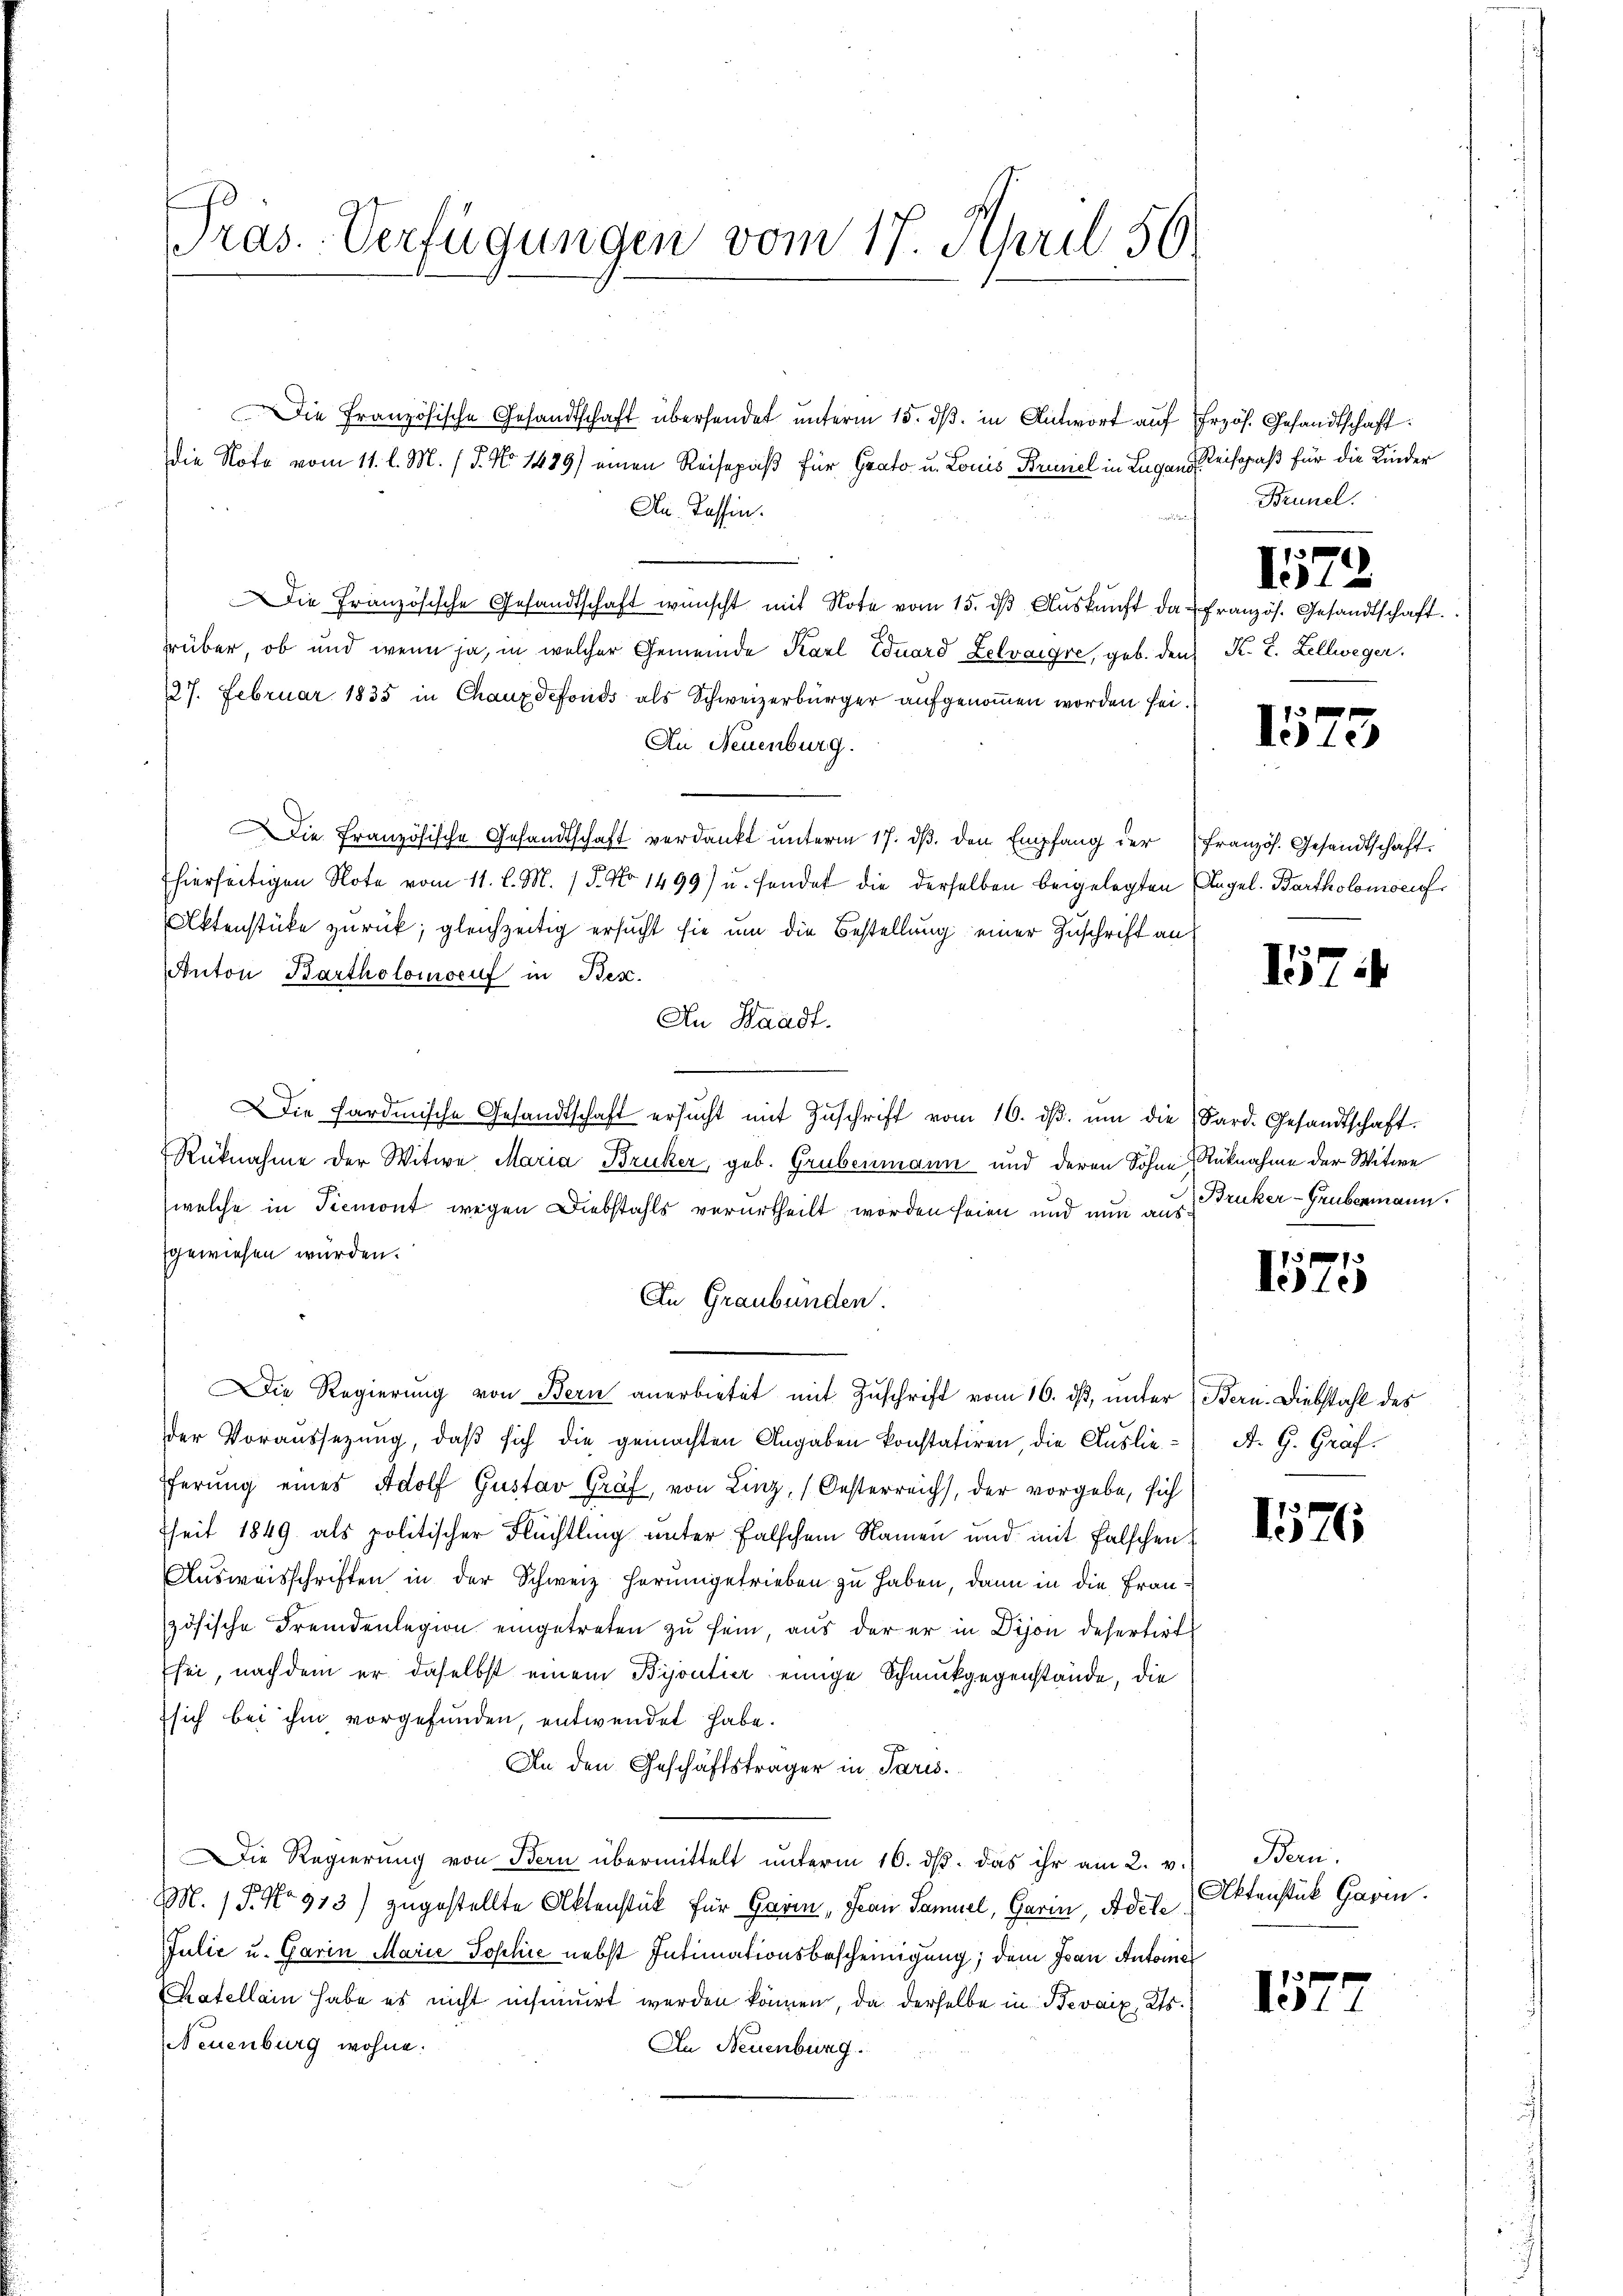
Präs.-Verfügungen vom 17. April 50.

Die Französische Gesandtschaft übersendet unterm 15. dß. in Antwort auf
die Note vom 11. l. M. (T. No 1489) einen Reisepaß für Grato u. Louis Braniel in Lugans Reispaß für die Kinder
An. Tessin.
Die Französische Gesandtschaft wünscht mit Note vom 15. ds Auskunft darüber, ob und wenn ja, in welcher Gemeinde Karl Eduard Zelvaigre, geb. den
127. Februar 1835 in Chauxdefonds als Schweizerbürger aufgenommen worden sei.
An Neuenburg.
Die Französische Gesandtschaft verdankt unterm 17. ds. den Empfang der
hierfertigen Note vom 11. l. M. / 5. No 1499) u. sendet die derselben beigelegten
Aktenstücke zurück; gleichzeitig ersucht sie um die Bestellung einer Zuschrift an
Anton Bartholomoeuf in Bez.
An Staadt.
Die Hardmische Gesandtschaft ersŭcht mit Zŭschrift vom 16. dβ. ŭm die Sard. Gesandtschaft.
Rüknahme der Witwe Maria Brucker, geb. Grubenmann und deren Sohne Rücknahme der Witwe
(welche in Piemont wegen Diebstahls verurtheilt worden seien und nun aus Druker-Grubenmann.
gewiesen wurden.
An Graubünden.
Die Regierung von Bern anerbietet mit Zuschrift vom 16. ds, unter Bern. Diebstahl des
der Voraussezung, daß sich die gemachten Angaben konstatiren, die Auslie¬
Pferung eines Adolf Gustav Graf, von Linz, Oesterreich, der vorgebe, sich
heit 1849 als politischer Flüchtling unter falschem Namen und mit falschen
Ausweisschriften in der Schweiz herumgetrieben zu haben, dann in die Frauzösische Fremdenlegion eingetreten zu sein, aus der er in Dijon defertirt
sei, nachdem er daselbst einem Bijoutier einige Schmuckgegenstände, die
sich bei ihm vorgefunden, entwendet habe.
An den Geschäftsträger in Paris.
Die Regierung von Bern übermittelt unterm 16. dβ. das ihr am 2. v.
MM. / P. No 913) zugestellte Aktenstück für Harm „Frau Samuel, Garin, Adele
Julie u. Garin Marie Sophie nebst Intimationsbescheinigung; dem Ivan Antone
hatellein habe es nicht insinuirt werden können, da derselbe in Bevaix, Kts.
Neuenburg wohne.
An Neuenburg.

frzös. Gesandtschaft:
Brunel.

1
französ. Gesandtschaft.
 K. R. Zellweger.

)

13 f
Verle

Französ. Gesandtschaft.
Angel. Bartholomsch

157.

1575

A. G. Graf.

157

157.

Bern.
Aktenstück Garm.